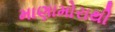
માણામોરાથી